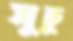
সুচু